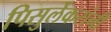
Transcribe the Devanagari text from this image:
पिसुर्लेकरांनी